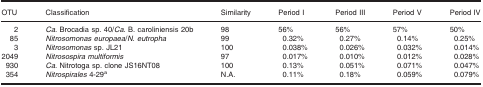
<table><thead><tr><td><b>OTU</b></td><td><b>Classification</b></td><td><b>Similarity</b></td><td><b>Period I</b></td><td><b>Period III</b></td><td><b>Period V</b></td><td><b>Period IV</b></td></tr></thead><tbody><tr><td>2</td><td><i>Ca</i>. Brocadia sp. 40/<i>Ca</i>. B. caroliniensis 20b</td><td>98</td><td>56%</td><td>56%</td><td>57%</td><td>50%</td></tr><tr><td>85</td><td><i>Nitrosomonas europaea</i>/<i>N. eutropha</i></td><td>99</td><td>0.32%</td><td>0.27%</td><td>0.14%</td><td>0.25%</td></tr><tr><td>3</td><td><i>Nitrosomonas</i> sp. JL21</td><td>100</td><td>0.038%</td><td>0.026%</td><td>0.032%</td><td>0.014%</td></tr><tr><td>2049</td><td><i>Nitrosospira multiformis</i></td><td>97</td><td>0.017%</td><td>0.010%</td><td>0.012%</td><td>0.028%</td></tr><tr><td>930</td><td><i>Ca</i>. Nitrotoga sp. clone JS16NT08</td><td>100</td><td>0.13%</td><td>0.051%</td><td>0.071%</td><td>0.047%</td></tr><tr><td>354</td><td><i>Nitrospirales</i> 4‐29a</td><td>N.A.</td><td>0.11%</td><td>0.18%</td><td>0.059%</td><td>0.079%</td></tr></tbody></table>